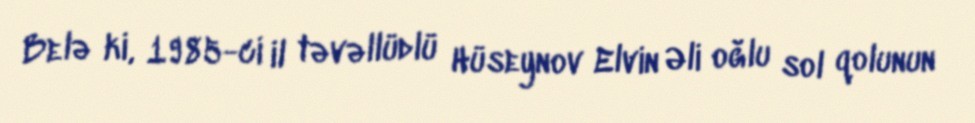
Belə ki, 1985-ci il təvəllüdlü Hüseynov Elvin Əli oğlu sol qolunun